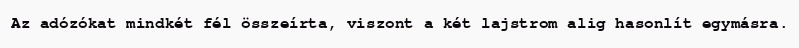
Az adózókat mindkét fél összeírta, viszont a két lajstrom alig hasonlít egymásra.